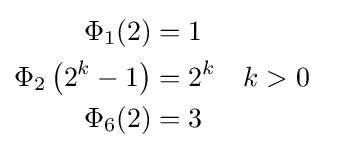
{\begin{aligned}\Phi _{1}(2)&=1\\\Phi _{2}\left(2^{k}-1\right)&=2^{k}&&k>0\\\Phi _{6}(2)&=3\end{aligned}}